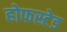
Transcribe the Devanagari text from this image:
होफस्टेड